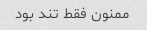
ممنون فقط تند بود